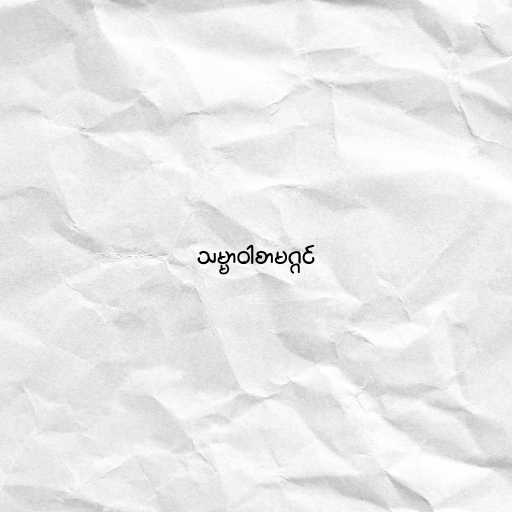
သမ္မာဝါစာမဂ္ဂင်